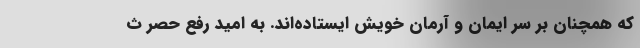
که همچنان بر سر ایمان و آرمان خویش ایستاده‌اند. به امید رفع حصر ث